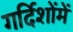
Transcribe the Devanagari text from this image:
गर्दिशोंमें